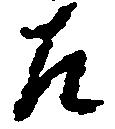
左